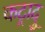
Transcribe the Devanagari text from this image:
कट्रादु